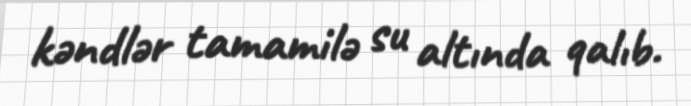
kəndlər tamamilə su altında qalıb.